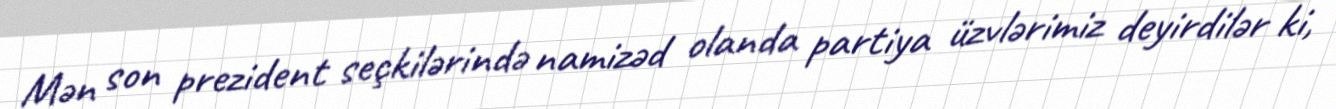
Mən son prezident seçkilərində namizəd olanda partiya üzvlərimiz deyirdilər ki,